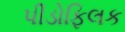
પીડોફિલક